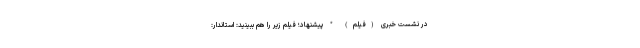
در نشست خبری (فیلم) * پیشنهاد؛ فیلم‌ زیر را هم ببینید: استاندار: